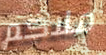
ملاكم